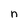
Character: n